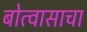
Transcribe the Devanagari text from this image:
बोत्वासाचा